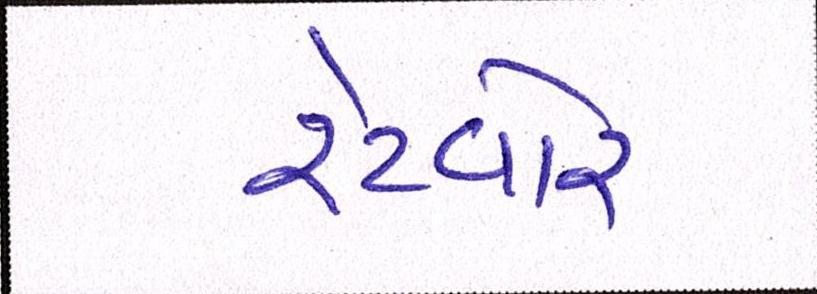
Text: રેટવોર